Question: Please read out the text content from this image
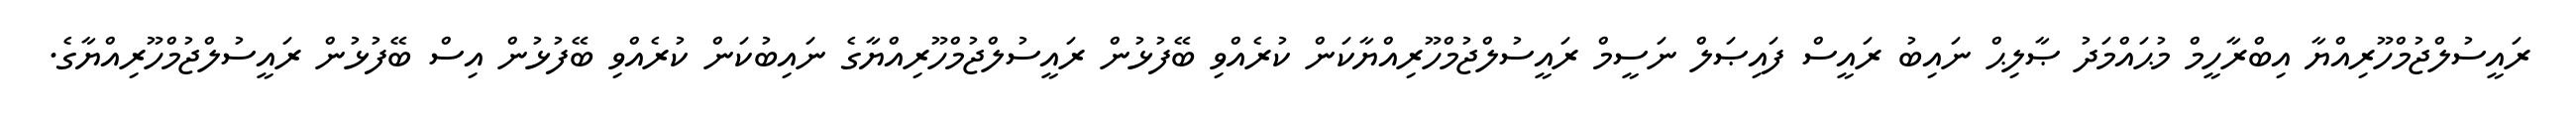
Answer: ރައީސުލްޖުމްހޫރިއްޔާ އިބްރާހީމް މުޙައްމަދު ޞާލިޙް ނައިބު ރައީސް ފައިޞަލް ނަސީމް ރައީސުލްޖުމްހޫރިއްޔާކަން ކުރެއްވި ބޭފުޅުން ރައީސުލްޖުމްހޫރިއްޔާގެ ނައިބުކަން ކުރެއްވި ބޭފުޅުން އިސް ބޭފުޅުން ރައީސުލްޖުމްހޫރިއްޔާގެ.